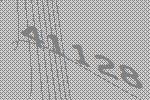
41128